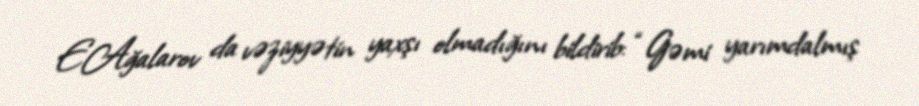
E.Ağalarov da vəziyyətin yaxşı olmadığını bildirib: “Gəmi yarımdalmış